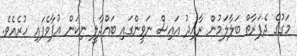
މަގުގެ ދެފަރާތް ބަލާލަމުން ރާއިދު އައިސް ނަވީންގައި ބައްދާލީ ނިކަން އުފާވެފައި ހުރެއެވެ.